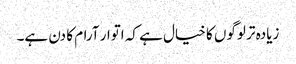
زیادہ تر لوگوں کا خیال ہے کہ اتوار آرام کا دن ہے۔